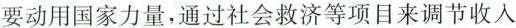
要动用国家力量，通过社会救济等项目来调节收入